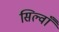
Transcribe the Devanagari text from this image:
सिल्वाँ